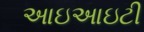
આઇઆઇટી